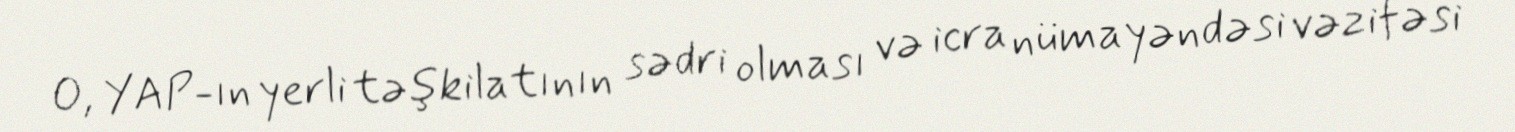
O, YAP-ın yerli təşkilatının sədri olması və icra nümayəndəsi vəzifəsi